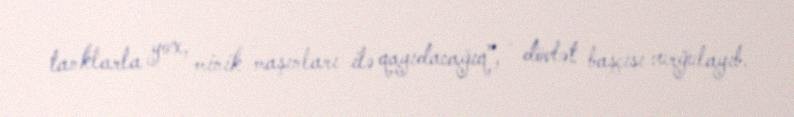
tanklarla yox, minik maşınları ilə qayıdacağıq”, - dövlət başçısı vurğulayıb.